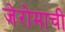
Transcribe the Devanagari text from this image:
जेरोमाची